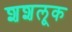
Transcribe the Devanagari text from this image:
शशलूक